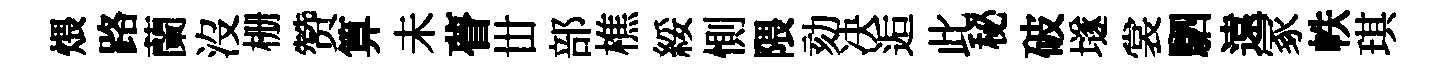
煨路蘭沒栅赞算未瞢丗部樵綏惻隈劾决逅此秘破𡑞裳駟遠冢帙琪